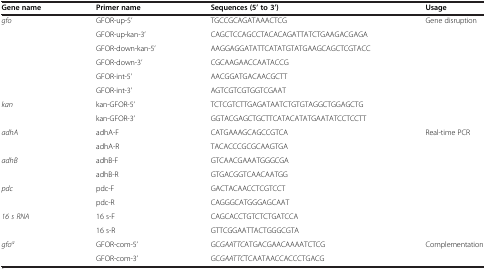
<table><thead><tr><td><b>Gene name</b></td><td><b>Primer name</b></td><td><b>Sequences (5’ to 3’)</b></td><td><b>Usage</b></td></tr></thead><tbody><tr><td rowspan="6"><i>gfo</i></td><td>GFOR-up-5’</td><td>TGCCGCAGATAAACTCG</td><td rowspan="6">Gene disruption</td></tr><tr><td>GFOR-up-kan-3’</td><td>CAGCTCCAGCCTACACAGATTATCTGAAGACGAGA</td></tr><tr><td>GFOR-down-kan-5’</td><td>AAGGAGGATATTCATATGTATGAAGCAGCTCGTACC</td></tr><tr><td>GFOR-down-3’</td><td>CGCAAGAACCAATACCG</td></tr><tr><td>GFOR-int-5’</td><td>AACGGATGACAACGCTT</td></tr><tr><td>GFOR-int-3’</td><td>AGTCGTCGTGGTCGAAT</td></tr><tr><td rowspan="2"><i>kan</i></td><td>kan-GFOR-5’</td><td>TCTCGTCTTGAGATAATCTGTGTAGGCTGGAGCTG</td><td rowspan="2"> </td></tr><tr><td>kan-GFOR-3’</td><td>GGTACGAGCTGCTTCATACATATGAATATCCTCCTT</td></tr><tr><td><i>adhA</i></td><td>adhA-F</td><td>CATGAAAGCAGCCGTCA</td><td rowspan="6">Real-time PCR</td></tr><tr><td> </td><td>adhA-R</td><td>TACACCCGCGCAAGTGA</td></tr><tr><td><i>adhB</i></td><td>adhB-F</td><td>GTCAACGAAATGGGCGA</td></tr><tr><td> </td><td>adhB-R</td><td>GTGACGGTCAACAATGG</td></tr><tr><td><i>pdc</i></td><td>pdc-F</td><td>GACTACAACCTCGTCCT</td></tr><tr><td> </td><td>pdc-R</td><td>CAGGGCATGGGAGCAAT</td></tr><tr><td><i>16 s RNA</i></td><td>16 s-F</td><td>CAGCACCTGTCTCTGATCCA</td><td> </td></tr><tr><td> </td><td>16 s-R</td><td>GTTCGGAATTACTGGGCGTA</td><td> </td></tr><tr><td><i>gfo</i><sup><i>a</i></sup></td><td>GFOR-com-5’</td><td>GC<i>GAATTC</i>ATGACGAACAAAATCTCG</td><td>Complementation</td></tr><tr><td> </td><td>GFOR-com-3’</td><td>GC<i>GAATTC</i>TCAATAACCACCCTGACG</td><td> </td></tr></tbody></table>